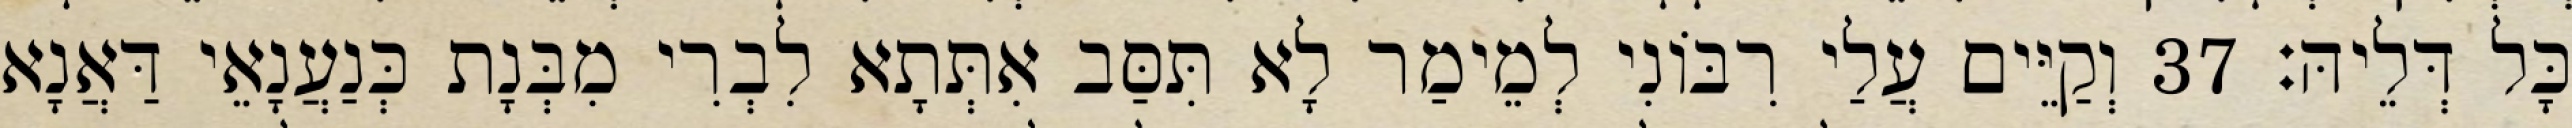
כָּל דְּלֵיהּ׃ 37 וְקַיֵּים עֲלַי רִבּוֹנִי לְמֵימַר לָא תִּסַּב אִתְּתָא לִבְרִי מִבְּנָת כְּנַעֲנָאֵי דַּאֲנָא